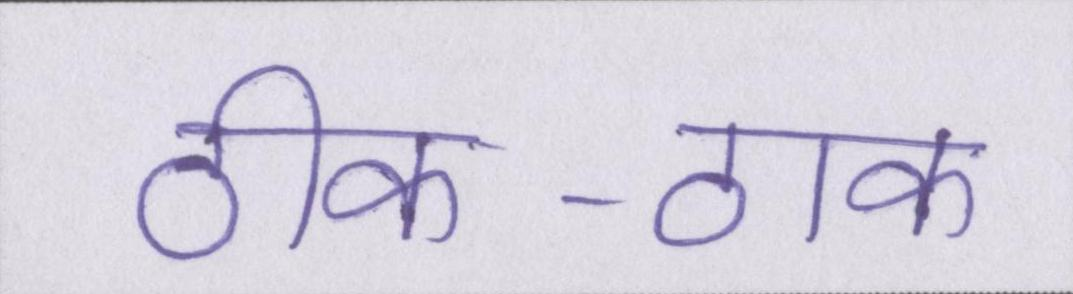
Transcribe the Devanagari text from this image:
ठीक-ठाक